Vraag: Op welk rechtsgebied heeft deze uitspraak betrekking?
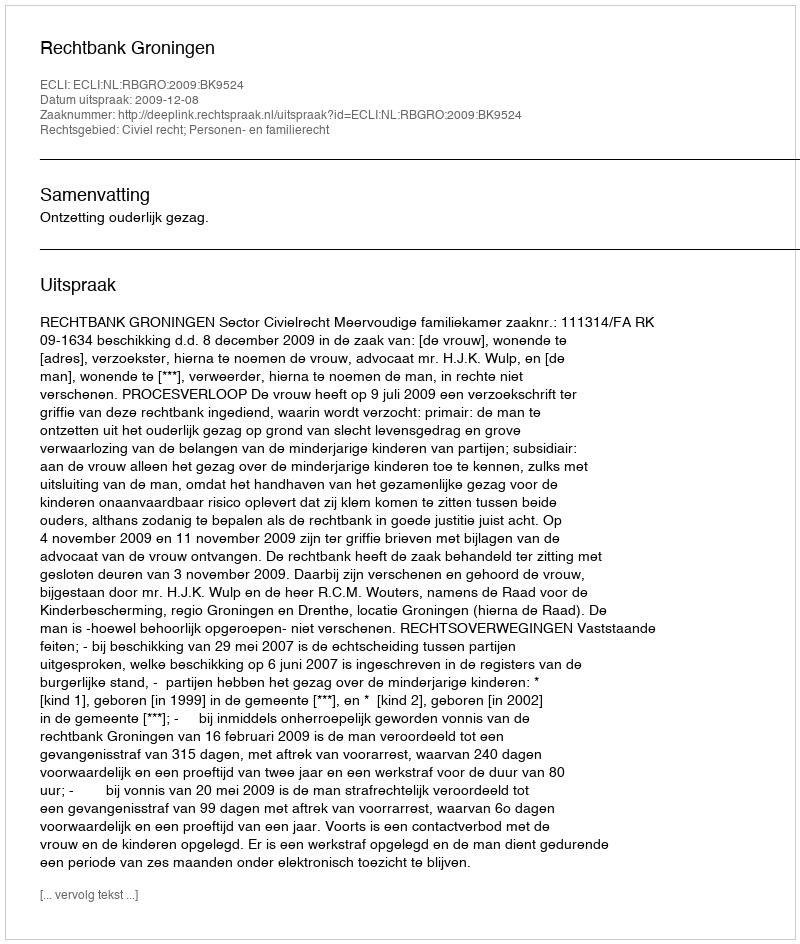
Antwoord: Civiel recht; Personen- en familierecht